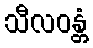
သီလဝန္တံ